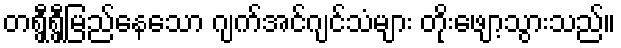
တရွှီရွှီမြည်နေသော ဂျက်အင်ဂျင်သံများ တိုးဖျော့သွားသည်။